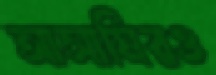
আসামিরও